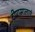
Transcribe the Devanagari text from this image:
दीपामालाएं